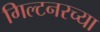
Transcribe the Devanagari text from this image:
गिल्टनरच्या